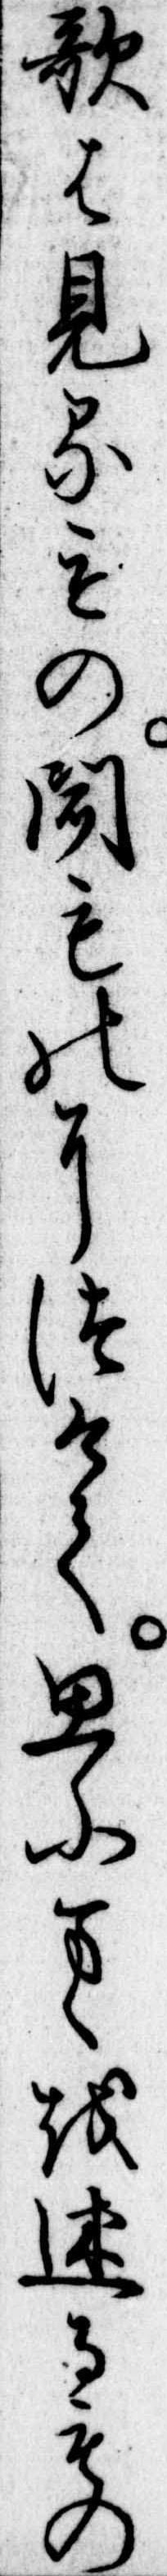
歌は見るもの聞ものにつけて思ふまゝを述るもの